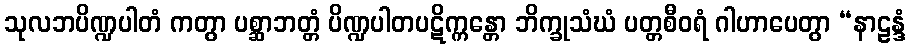
သုလဘပိဏ္ဍပါတံ ကတွာ ပစ္ဆာဘတ္တံ ပိဏ္ဍပါတပဋိက္ကန္တော ဘိက္ခုသံဃံ ပတ္တစီဝရံ ဂါဟာပေတွာ “နာဠန္ဒံ